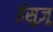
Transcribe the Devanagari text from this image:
ईसुज़ू